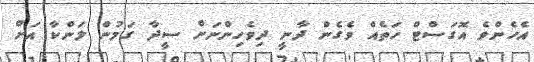
އެހެންވެ އޮގަސްޓް ހަތެއް ވެގެން ދާނީ ދިވެހިންނަށް ސީދާ ގަމުން ލަންކާ އަށް